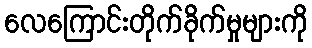
လေကြောင်းတိုက်ခိုက်မှုများကို